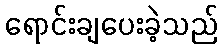
ရောင်းချပေးခဲ့သည်